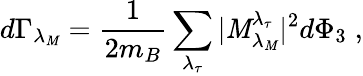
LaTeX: d\Gamma_{\lambda_{\mathit{M}}}=\frac{{1}}{{2m_{B}}}\sum_{\lambda_{\tau}}|{\cal\mathit{M}}_{\lambda_{\mathit{M}}}^{\lambda_{\tau}}|^{2}d\Phi_{3}\; ,